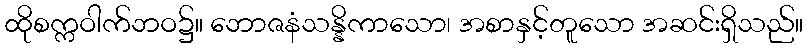
ထိုစက္ကဝါက်ဘဝ၌။ ဘောဇနံသန္နိကာသော၊ အစာနှင့်တူသော အဆင်းရှိသည်။